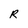
Character: R